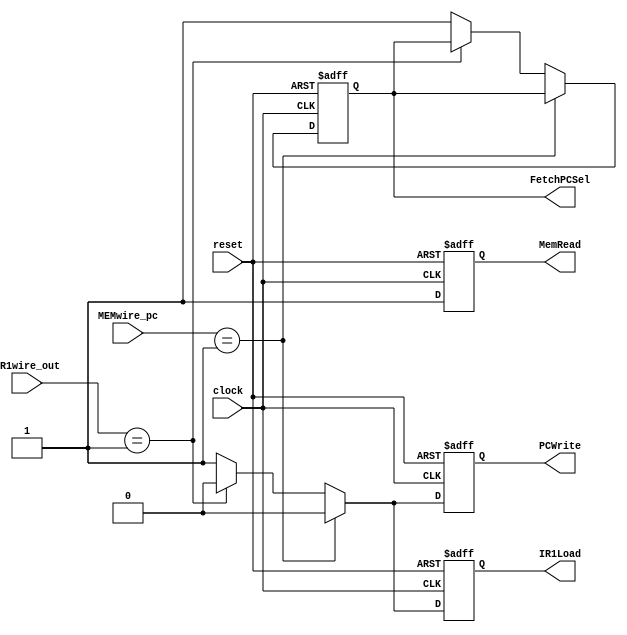
module FetchControl
(
 clock, reset, IR1Load, PCWrite, FetchPCSel, MemRead, MEMwire_pc, IR1wire_out
);
	input clock, reset;
	input [3:0] MEMwire_pc;
	input [3:0] IR1wire_out;
	output PCWrite, FetchPCSel, IR1Load, MemRead;
	reg PCWrite, FetchPCSel, IR1Load, MemRead;
	always @(posedge clock or posedge reset)
	begin 
		if (reset)
		begin
			MemRead <= 0;
			PCWrite <= 0;
			IR1Load <= 0;
			FetchPCSel <= 0;
		end
		else if (MEMwire_pc[3:0] == 4'b0001)
		begin
			MemRead <= 1;
			IR1Load <= 0;
			PCWrite <= 0;
		end
		else if (IR1wire_out[3:0] == 4'b0001)
		begin
			MemRead <= 1;
			IR1Load <= 0;
			PCWrite <= 0;
		end
		else
		begin
			MemRead <= 1;
			IR1Load <= 1;
			FetchPCSel <= 1;	
			PCWrite <= 1;
		end
	end 
endmodule

//MDR
// IR4Load
//ALUOp...